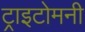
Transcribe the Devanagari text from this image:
ट्राइटोमनी